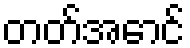
တတ်အောင်